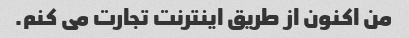
من اکنون از طریق اینترنت تجارت می کنم.